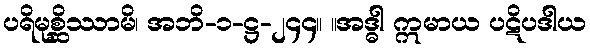
ပရိမုစ္ဆိဿာမိ၊ အဘိ-၁-ဋ္ဌ-၂၄၄။ ။အဒ္ဓါ ဣမာယ ပဋိပဒါယ